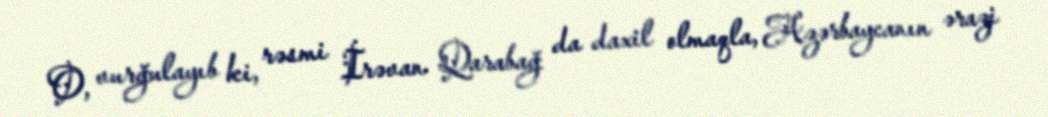
O, vurğulayıb ki, rəsmi İrəvan Qarabağ da daxil olmaqla, Azərbaycanın ərazi